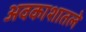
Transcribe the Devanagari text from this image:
अवकाशातले